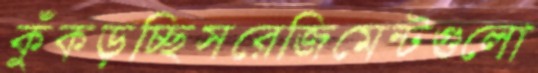
কুঁকড়চ্ছিসরেজিমেন্টগুলো